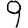
Digit: 9